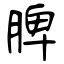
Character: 脾